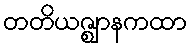
တတိယဇ္ဈာနကထာ